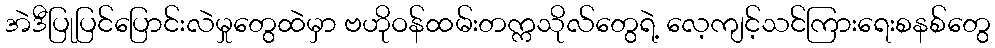
အဲဒီပြုပြင်ပြောင်းလဲမှုတွေထဲမှာ ဗဟိုဝန်ထမ်းတက္ကသိုလ်တွေရဲ့ လေ့ကျင့်သင်ကြားရေးစနစ်တွေ